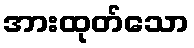
အားထုတ်သော